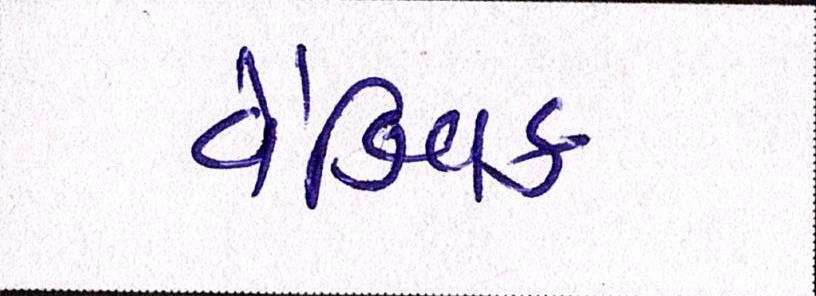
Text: વૈશ્વિક